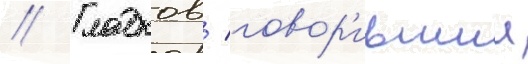
// Гладков / говор'ившии